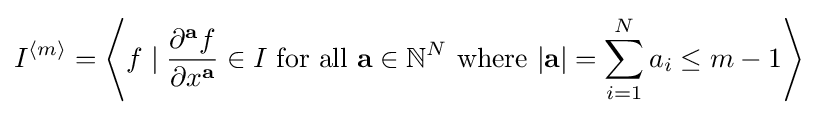
I^{\langle m\rangle }=\left\langle f\mid {\frac {\partial ^{\mathbf {a} }f}{\partial x^{\mathbf {a} }}}\in I{\text{ for all }}\mathbf {a} \in \mathbb {N} ^{N}{\text{ where }}|\mathbf {a} |=\sum _{i=1}^{N}a_{i}\leq m-1\right\rangle